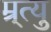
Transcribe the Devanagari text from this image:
म्र्त्यु